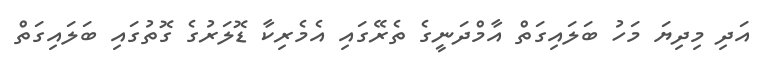
އަދި މިދިޔަ މަހު ބަލައިގަތް އާމްދަނީގެ ތެރޭގައި އެމެރިކާ ޑޮލަރުގެ ގޮތުގައި ބަލައިގަތް